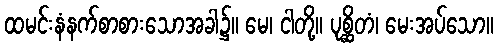
ထမင်းနံနက်စာစားသောအခါ၌။ မေ၊ ငါတို့။ ပုစ္ဆိတံ၊ မေးအပ်သော။